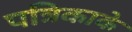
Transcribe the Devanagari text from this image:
पत्रिकाके